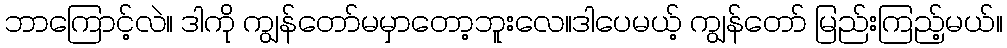
ဘာကြောင့်လဲ။ ဒါကို ကျွန်တော်မမှာတော့ဘူးလေ။ဒါပေမယ့် ကျွန်တော် မြည်းကြည့်မယ်။